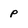
Character: P